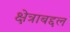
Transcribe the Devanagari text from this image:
क्षेत्राबद्दल